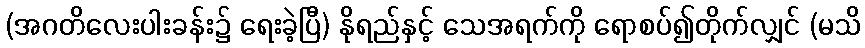
(အဂတိလေးပါးခန်း၌ ရေးခဲ့ပြီ) နိုရည်နှင့် သေအရက်ကို ရောစပ်၍တိုက်လျှင် (မသိ